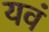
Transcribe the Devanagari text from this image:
यवं